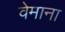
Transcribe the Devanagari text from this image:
वेमाना